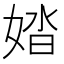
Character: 㛥